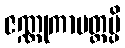
ဇဏ္ဏုကာမတ္တမ္ပိ